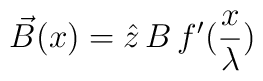
\vec{B}(x)=\hat{z}\, B\, f^\prime (\frac{x}{\lambda})